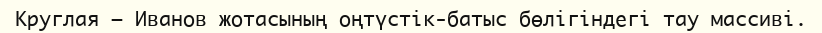
Круглая – Иванов жотасының оңтүстік-батыс бөлігіндегі тау массиві.